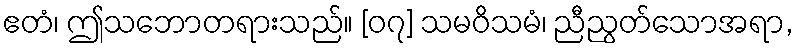
ဧတံ၊ ဤသဘောတရားသည်။ [၀၇] သမဝိသမံ၊ ညီညွတ်သောအရာ,